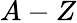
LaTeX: A-Z